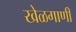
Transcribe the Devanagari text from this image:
खेळगाणी